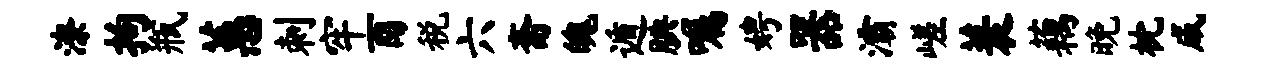
潦拘瓶蕙刺牢酉税六斋魄遁腆嘱娉器灞嵯蓑藕晚枕咸